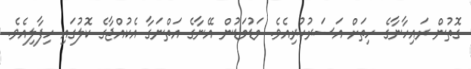
ގޮތުން ރައިހާނާގެ ހިތަށް އަސަރުކުރިއެވެ. މަޑުމަޑުން އޭނާގެ އަތްނަގާ އެކުއްޖާގެ ކޮލުގައި ހިފާލިއެވެ.